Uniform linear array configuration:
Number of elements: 48
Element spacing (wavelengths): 0.5
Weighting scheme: exponential
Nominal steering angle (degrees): -30
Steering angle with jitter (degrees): -29.783
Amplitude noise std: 0.05
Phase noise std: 0.05

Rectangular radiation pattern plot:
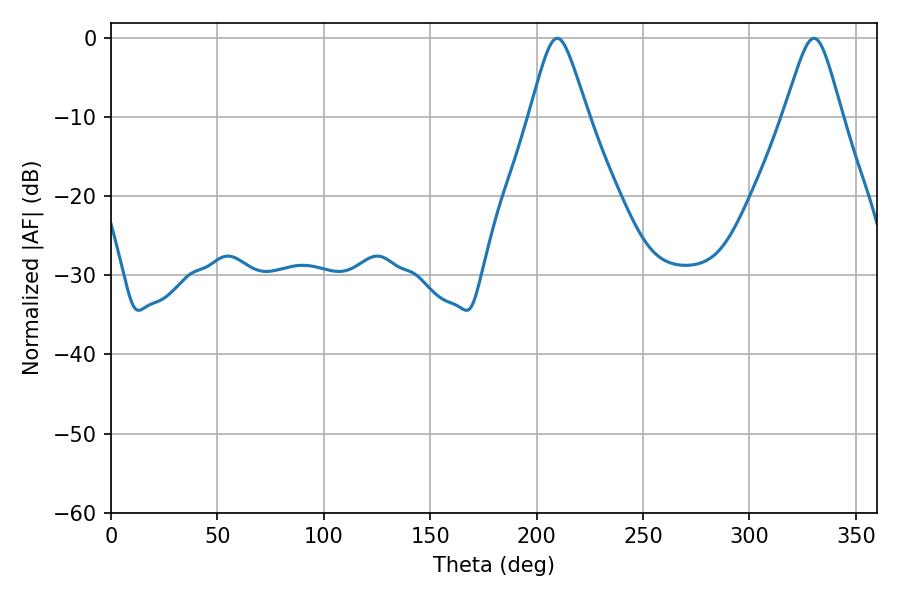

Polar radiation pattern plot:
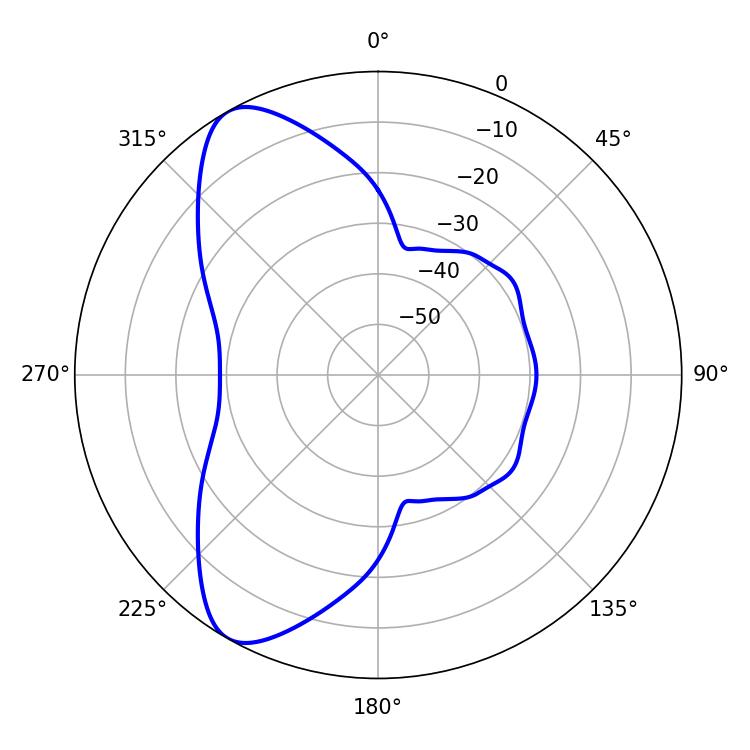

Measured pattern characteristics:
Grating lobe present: FALSE
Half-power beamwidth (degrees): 13.14
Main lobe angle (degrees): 209.7